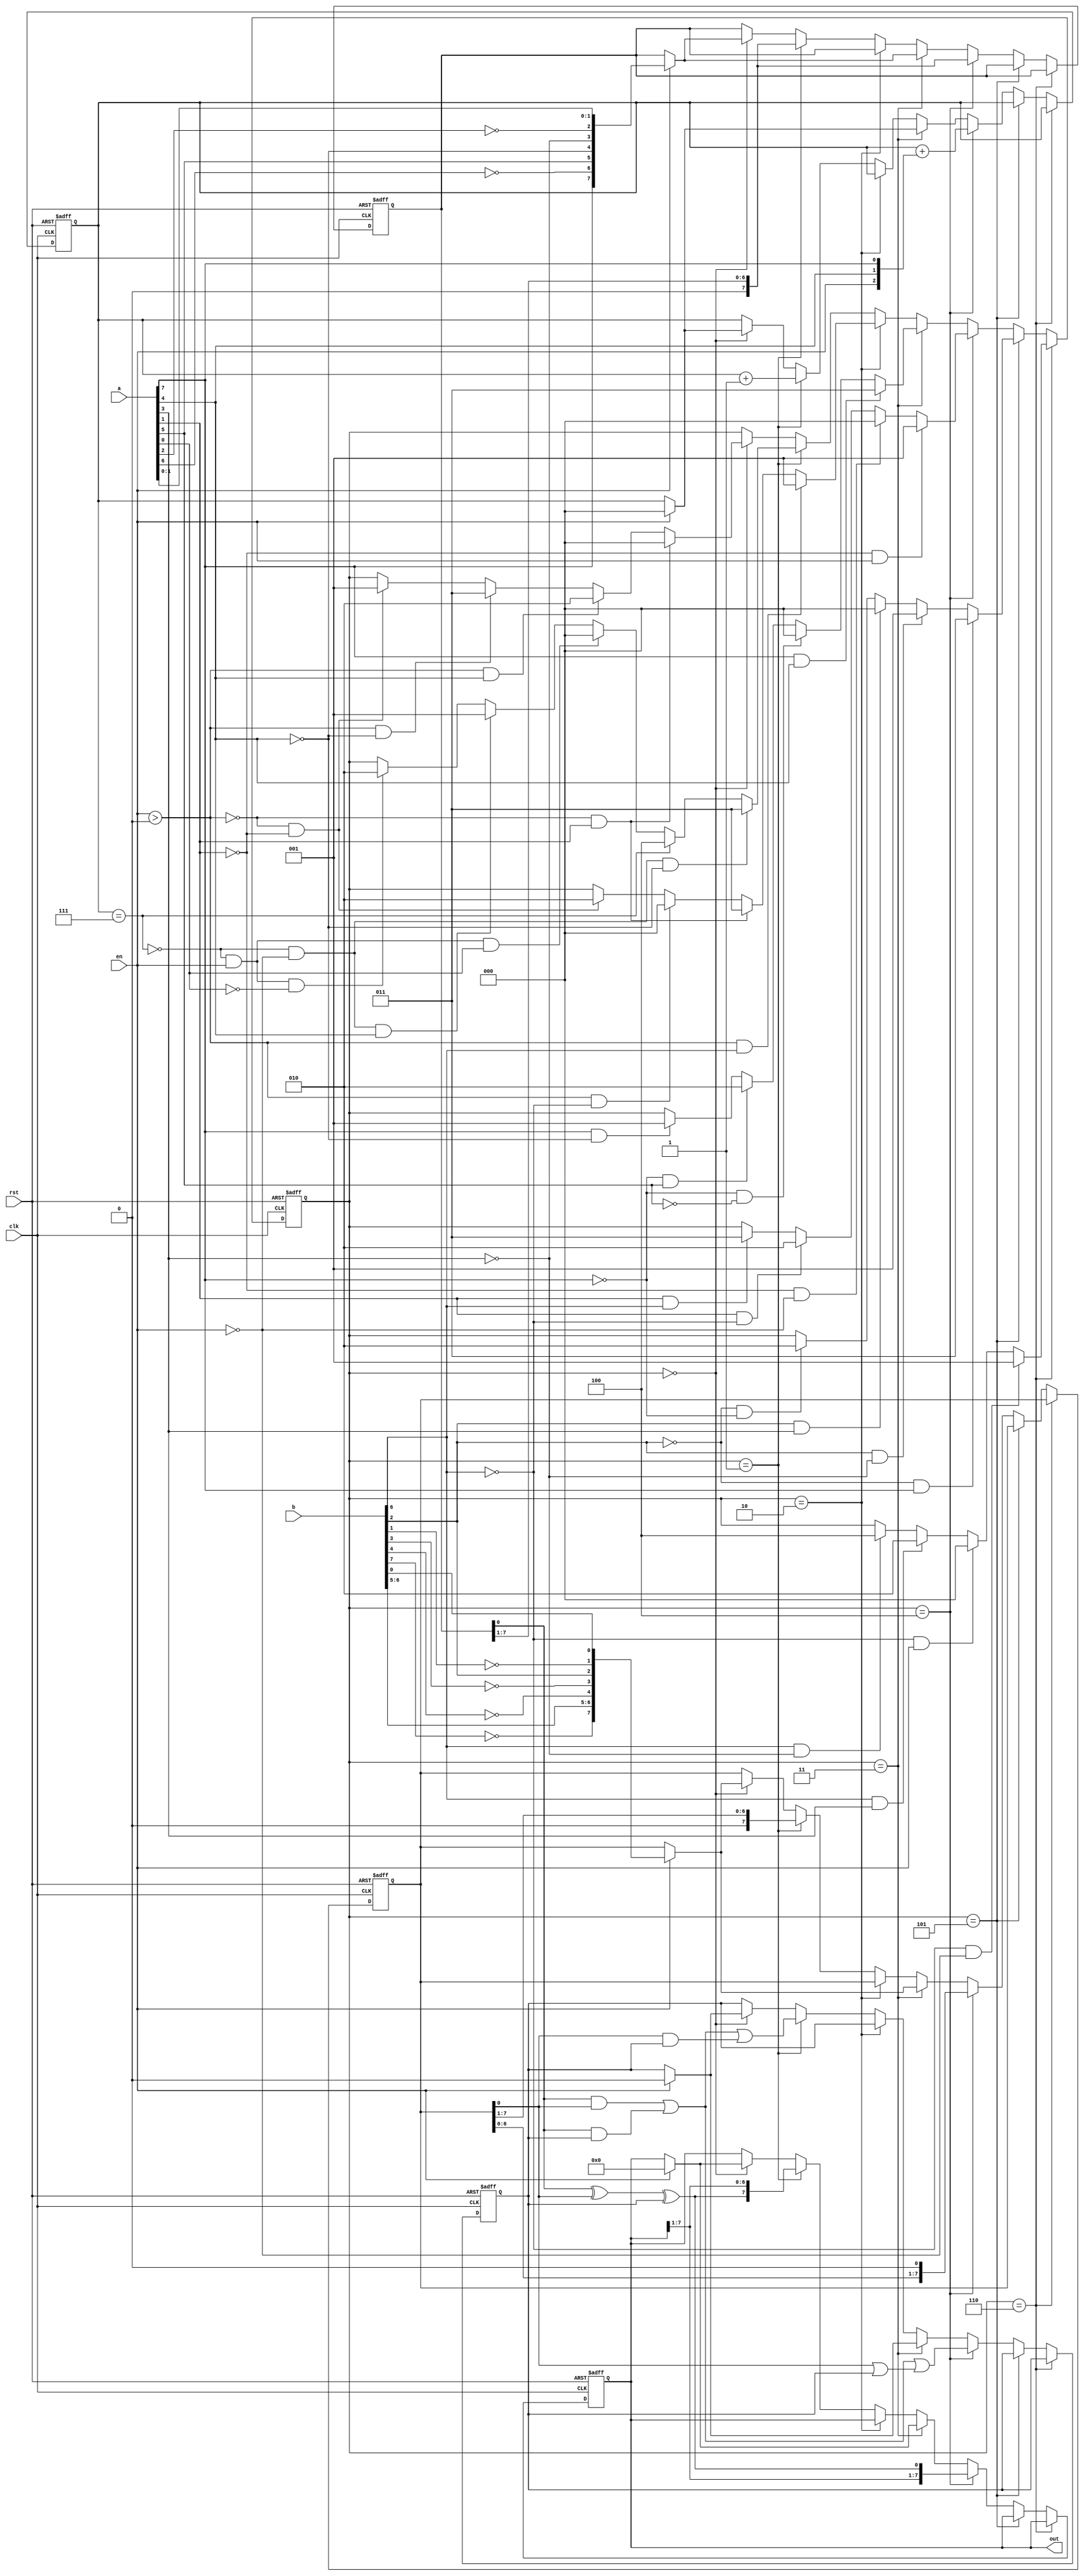
module add_serial(b,out,en,a,rst,clk);
parameter [31:0] delay0 = 'd3;
wire [7:0] a_scramb;
input wire [7:0] b;
reg [0:0] carry;
wire [7:0] b_scramb;
output reg [7:0] out;
reg [7:0] b_reg;
reg [7:0] a_reg;
reg [2:0] state;
parameter [1:0] ADD = 'd1;
parameter [31:0] delay3 = 'd6;
reg [2:0] count;
input wire [7:0] a;
wire [0:0] sum;
parameter [1:0] IDLE = 'd0;
parameter [31:0] delay1 = 'd4;
input wire [0:0] en;
input wire [0:0] rst;
parameter [31:0] delay2 = 'd5;
input wire [0:0] clk;
parameter [1:0] DONE = 'd2;
assign a_scramb = {a[7],(~a[6]),a[5],(~a[4]),(~a[3]),(~a[2]),a[1],a[0]};
assign b_scramb = {(~b[7]),b[6],b[5],(~b[4]),(~b[3]),b[2],(~b[1]),b[0]};
assign sum = ((a_reg[0]^b_reg[0])^carry);
always @(posedge clk or posedge rst) begin
if(rst) begin
out <= 0;
end
else begin
if((state==delay3)) begin
end
else begin
if((state==delay2)) begin
end
else begin
if((state==delay1)) begin
out <= {out[7:1],sum};
end
else begin
if((state==delay0)) begin
if(en) begin
out <= 0;
end
end
else begin
if((state==DONE)) begin
end
else begin
if((state==ADD)) begin
out <= {sum,out[7:1]};
end
else begin
if((state==IDLE)) begin
if(en) begin
out <= 0;
end
end
end
end
end
end
end
end
end
end

always @(posedge clk or posedge rst) begin
if(rst) begin
b_reg <= 0;
end
else begin
if((state==delay3)) begin
end
else begin
if((state==delay2)) begin
end
else begin
if((state==delay1)) begin
b_reg <= (b_reg<<1);
end
else begin
if((state==delay0)) begin
if(en) begin
b_reg <= b_scramb;
end
end
else begin
if((state==DONE)) begin
end
else begin
if((state==ADD)) begin
b_reg <= (b_reg>>1);
end
else begin
if((state==IDLE)) begin
if(en) begin
b_reg <= b_scramb;
end
end
end
end
end
end
end
end
end
end

always @(posedge clk or posedge rst) begin
if(rst) begin
state <= IDLE;
end
else begin
if((state==delay3)) begin
if(((~b[6])&&(~en[0]))) begin
state <= ADD;
end
else begin
if(((~b[6])&&en[0])) begin
state <= IDLE;
end
else begin
if((b[6]&&a[3])) begin
state <= DONE;
end
else begin
if((b[6]&&(~a[3]))) begin
state <= delay1;
end
end
end
end
end
else begin
if((state==delay2)) begin
if(((~b[2])&&a[7])) begin
state <= delay0;
end
else begin
if((b[2]&&(~a[3]))) begin
state <= ADD;
end
else begin
if((b[2]&&a[3])) begin
state <= IDLE;
end
else begin
if(((~b[2])&&(~a[7]))) begin
state <= DONE;
end
end
end
end
end
else begin
if((state==delay1)) begin
if(((~a[1])&&en[0])) begin
state <= ADD;
end
else begin
if(((~a[1])&&(~en[0]))) begin
state <= IDLE;
end
else begin
if((a[1]&&(~b[6]))) begin
state <= DONE;
end
else begin
if((a[1]&&b[6])) begin
state <= delay0;
end
end
end
end
end
else begin
if((state==delay0)) begin
if((a[7]&&a[4])) begin
state <= delay0;
end
else begin
if(((~a[7])&&(~a[5]))) begin
state <= IDLE;
end
else begin
if(((~a[7])&&a[5])) begin
state <= DONE;
end
else begin
if((a[7]&&(~a[4]))) begin
state <= ADD;
end
end
end
end
end
else begin
if((state==DONE)) begin
if(((en>'d0)&&b[6])) begin
state <= ADD;
end
else begin
if(((!(en>'d0))&&a[1])) begin
state <= delay0;
end
else begin
if(((en>'d0)&&(~b[6]))) begin
state <= IDLE;
end
else begin
if(((!(en>'d0))&&(~a[1]))) begin
state <= DONE;
end
end
end
end
end
else begin
if((state==ADD)) begin
if((((!(count=='d7))&&(~en[0]))&&(~a[4]))) begin
state <= delay0;
end
else begin
if((count=='d7)) begin
state <= delay1;
end
else begin
if((((!(count=='d7))&&en[0])&&a[0])) begin
state <= IDLE;
end
else begin
if((((!(count=='d7))&&(~en[0]))&&a[4])) begin
state <= ADD;
end
else begin
if((((!(count=='d7))&&en[0])&&(~a[0]))) begin
state <= DONE;
end
end
end
end
end
end
else begin
if((state==IDLE)) begin
if(((!(en>'d0))&&a[1])) begin
state <= IDLE;
end
else begin
if(((en>'d0)&&a[4])) begin
state <= DONE;
end
else begin
if(((en>'d0)&&(~a[4]))) begin
state <= delay0;
end
else begin
if(((!(en>'d0))&&(~a[1]))) begin
state <= ADD;
end
end
end
end
end
end
end
end
end
end
end
end
end

always @(posedge clk or posedge rst) begin
if(rst) begin
count <= 0;
end
else begin
if((state==delay3)) begin
end
else begin
if((state==delay2)) begin
end
else begin
if((state==delay1)) begin
count <= (count+{en[0],a[4],a[7]});
end
else begin
if((state==delay0)) begin
if(en) begin
count <= 0;
end
end
else begin
if((state==DONE)) begin
end
else begin
if((state==ADD)) begin
count <= (count+1);
end
else begin
if((state==IDLE)) begin
if(en) begin
count <= 0;
end
end
end
end
end
end
end
end
end
end

always @(posedge clk or posedge rst) begin
if(rst) begin
carry <= 0;
end
else begin
if((state==delay3)) begin
end
else begin
if((state==delay2)) begin
end
else begin
if((state==delay1)) begin
carry <= (((a_reg[0]&b_reg[0])|(a_reg[0]&carry))|(b_reg[0]|carry));
end
else begin
if((state==delay0)) begin
if(en) begin
carry <= 0;
end
end
else begin
if((state==DONE)) begin
end
else begin
if((state==ADD)) begin
carry <= (((a_reg[0]&b_reg[0])|(a_reg[0]&carry))|(b_reg[0]&carry));
end
else begin
if((state==IDLE)) begin
if(en) begin
carry <= 0;
end
end
end
end
end
end
end
end
end
end

always @(posedge clk or posedge rst) begin
if(rst) begin
a_reg <= 0;
end
else begin
if((state==delay3)) begin
end
else begin
if((state==delay2)) begin
end
else begin
if((state==delay1)) begin
a_reg <= (a_reg>>1);
end
else begin
if((state==delay0)) begin
if(en) begin
a_reg <= a_scramb;
end
end
else begin
if((state==DONE)) begin
end
else begin
if((state==ADD)) begin
a_reg <= (a_reg>>1);
end
else begin
if((state==IDLE)) begin
if(en) begin
a_reg <= a_scramb;
end
end
end
end
end
end
end
end
end
end

endmodule